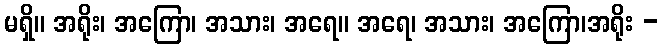
မရှိ။ အရိုး၊ အကြော၊ အသား၊ အရေ။ အရေ၊ အသား၊ အကြော၊အရိုး -